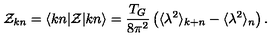
{ \cal Z } _ { k n } = \langle k n | { \cal Z } | k n \rangle = \frac { T _ { G } } { 8 \pi ^ { 2 } } \left( \langle \lambda ^ { 2 } \rangle _ { k + n } - \langle \lambda ^ { 2 } \rangle _ { n } \right) .